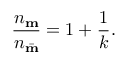
\frac { n _ { \bf m } } { n _ { \bar { \bf m } } } = 1 + \frac { 1 } { k } .